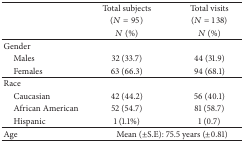
<table><thead><tr><td><b> </b></td><td><b>Total subjects</b></td><td><b>Total visits </b></td></tr><tr><td><b> </b></td><td><b>(<i>N</i> = 95)</b></td><td><b>(<i>N</i> = 138)</b></td></tr><tr><td><b> </b></td><td><b><i>N</i> (%)</b></td><td><b><i>N</i> (%)</b></td></tr></thead><tbody><tr><td>Gender</td><td> </td><td> </td></tr><tr><td> Males</td><td>32 (33.7)</td><td>44 (31.9)</td></tr><tr><td> Females</td><td>63 (66.3)</td><td>94 (68.1)</td></tr><tr><td>Race</td><td> </td><td> </td></tr><tr><td> Caucasian</td><td>42 (44.2)</td><td>56 (40.1)</td></tr><tr><td> African American </td><td>52 (54.7)</td><td>81 (58.7)</td></tr><tr><td> Hispanic</td><td>1 (1.1%)</td><td>1 (0.7)</td></tr><tr><td>Age </td><td colspan="2">Mean (±S.E): 75.5 years (±0.81)</td></tr></tbody></table>